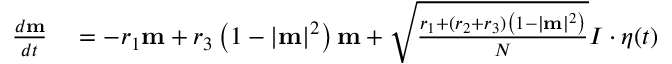
\begin{array} { r l } { \frac { d \mathbf { m } } { d t } } & { { } = - r _ { 1 } \mathbf { m } + r _ { 3 } \left( 1 - | \mathbf { m } | ^ { 2 } \right) \mathbf { m } + \sqrt { \frac { r _ { 1 } + ( r _ { 2 } + r _ { 3 } ) \left( 1 - | \mathbf { m } | ^ { 2 } \right) } { N } } I \cdot \boldsymbol { \eta } ( t ) } \end{array}